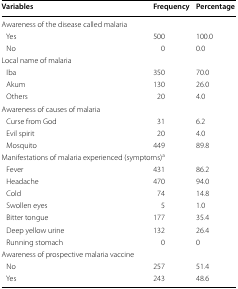
<table><thead><tr><td><b>Variables</b></td><td><b>Frequency</b></td><td><b>Percentage</b></td></tr></thead><tbody><tr><td colspan="3">Awareness of the disease called malaria</td></tr><tr><td> Yes</td><td>500</td><td>100.0</td></tr><tr><td> No</td><td>0</td><td>0.0</td></tr><tr><td colspan="3">Local name of malaria</td></tr><tr><td> Iba</td><td>350</td><td>70.0</td></tr><tr><td> Akum</td><td>130</td><td>26.0</td></tr><tr><td> Others</td><td>20</td><td>4.0</td></tr><tr><td colspan="3">Awareness of causes of malaria</td></tr><tr><td> Curse from God</td><td>31</td><td>6.2</td></tr><tr><td> Evil spirit</td><td>20</td><td>4.0</td></tr><tr><td> Mosquito</td><td>449</td><td>89.8</td></tr><tr><td colspan="3">Manifestations of malaria experienced (symptoms)<sup>a</sup></td></tr><tr><td> Fever</td><td>431</td><td>86.2</td></tr><tr><td> Headache</td><td>470</td><td>94.0</td></tr><tr><td> Cold</td><td>74</td><td>14.8</td></tr><tr><td> Swollen eyes</td><td>5</td><td>1.0</td></tr><tr><td> Bitter tongue</td><td>177</td><td>35.4</td></tr><tr><td> Deep yellow urine</td><td>132</td><td>26.4</td></tr><tr><td> Running stomach</td><td>0</td><td>0</td></tr><tr><td colspan="3">Awareness of prospective malaria vaccine</td></tr><tr><td> No</td><td>257</td><td>51.4</td></tr><tr><td> Yes</td><td>243</td><td>48.6</td></tr></tbody></table>